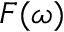
F ( \omega )